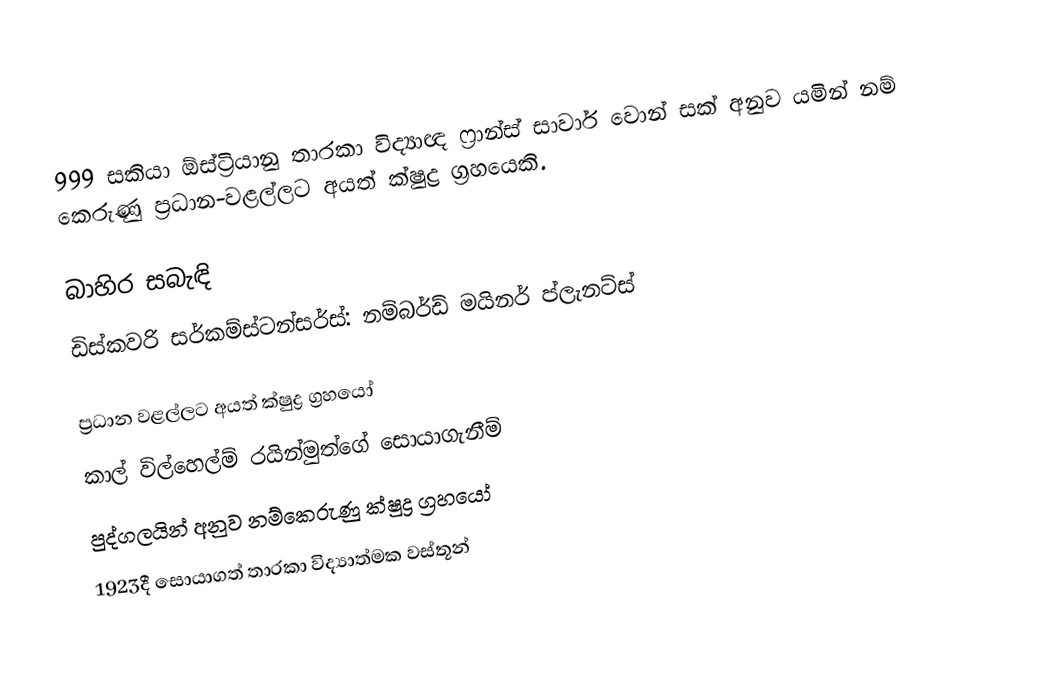
999 සකියා ඕස්ට්‍රියානු තාරකා විද්‍යාඥ ෆ්‍රාන්ස් සාවාර් වොන් සක් අනුව යමින් නම් කෙරුණු ප්‍රධාන-වළල්ලට අයත් ක්ෂුද්‍ර ග්‍රහයෙකි.

බාහිර සබැඳි
 ඩිස්කවරි  සර්කම්ස්ටන්සර්ස්: නම්බර්ඩ් මයිනර් ප්ලැනට්ස්

ප්‍රධාන වළල්ලට අයත් ක්ෂුද්‍ර ග්‍රහයෝ
කාල් විල්හෙල්ම් රයින්මුත්ගේ සොයාගැනීම්
පුද්ගලයින් අනුව නම්කෙරුණු ක්ෂුද්‍ර ග්‍රහයෝ
1923දී සොයාගත් තාරකා විද්‍යාත්මක වස්තූන්